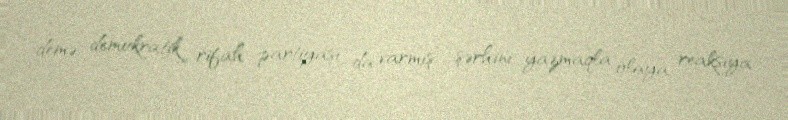
demə, demokratik rifah partiyası da varmış” şərhini yazmaqla olaya reaksiya